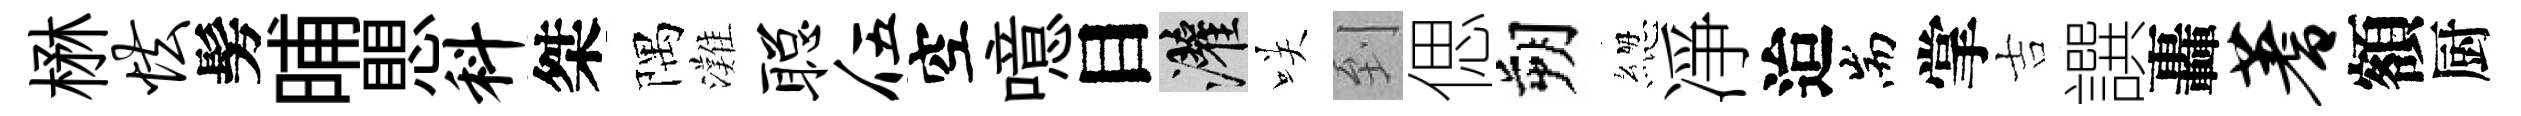
楙怯髣晡愳料桀隅灘聪伍空噫目灌咲到偲朔緫凈迨耑掌吉譔轟蓍額厨